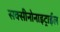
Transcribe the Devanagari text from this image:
सक्सीनोनाइट्राईल